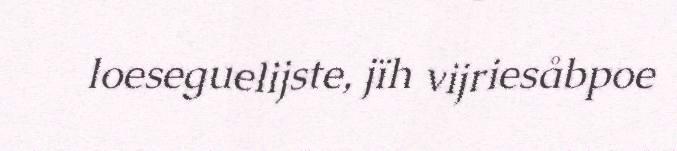
loeseguelijste, jïh vijriesåbpoe